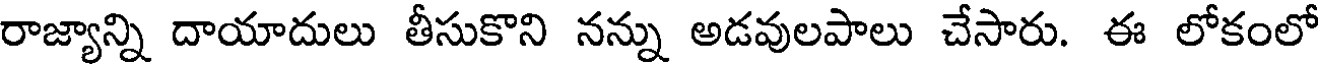
రాజ్యాన్ని దాయాదులు తీసుకొని నన్ను అడవులపాలు చేసారు. ఈ లోకంలో